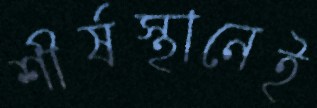
শীর্ষস্থানেই